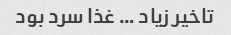
تاخیر زیاد … غذا سرد بود